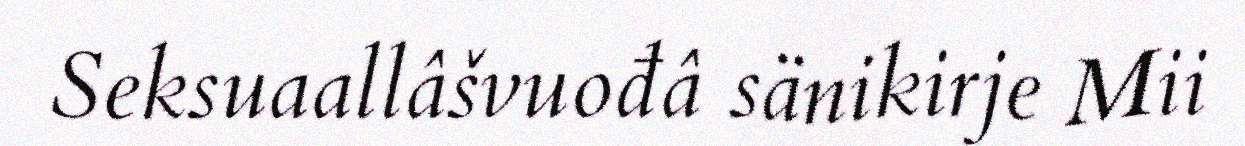
Seksuaallâšvuođâ sänikirje Mii